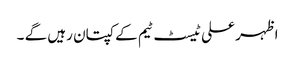
اظہر علی ٹیسٹ ٹیم کے کپتان رہیں گے ۔